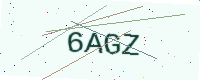
Text: 6AGZ